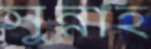
সুন্নাহ